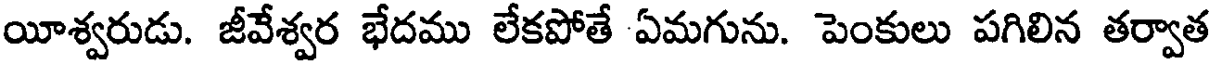
యీశ్వరుడు. జీవేశ్వర భేదము లేకపోతే ఏమగును. పెంకులు పగిలిన తర్వాత